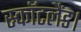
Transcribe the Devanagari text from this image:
स्कॉटलैंड।